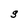
Character: S